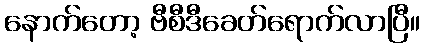
နောက်တော့ ဗီစီဒီခေတ်ရောက်လာပြီ။